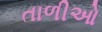
તાળીઓ